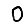
Digit: 0